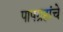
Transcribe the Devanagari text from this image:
पापग्रहांचे